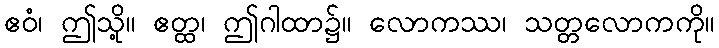
ဧဝံ၊ ဤသို့။ ဧတ္ထ၊ ဤဂါထာ၌။ လောကဿ၊ သတ္တလောကကို။